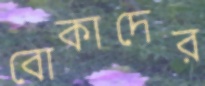
বোকাদের